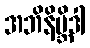
အဘိနိဗ္ဘိဒါ